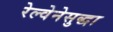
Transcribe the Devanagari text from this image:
रेल्वेनेसुद्धा